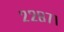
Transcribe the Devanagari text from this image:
२२८७१